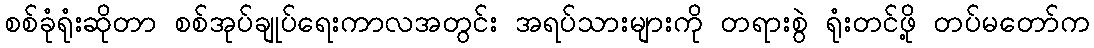
စစ်ခုံရုံးဆိုတာ စစ်အုပ်ချုပ်ရေးကာလအတွင်း အရပ်သားများကို တရားစွဲ ရုံးတင်ဖို့ တပ်မတော်က